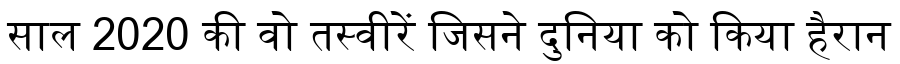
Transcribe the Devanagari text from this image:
साल 2020 की वो तस्वीरें जिसने दुनिया को किया हैरान